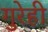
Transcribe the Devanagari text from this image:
गुरेही